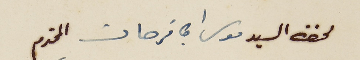
لحضرة السيد موسى ابى فرحات المحترم